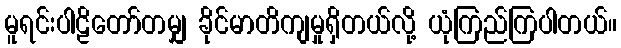
မူရင်းပါဠိတော်တမျှ ခိုင်မာတိကျမှုရှိတယ်လို့ ယုံကြည်ကြပါတယ်။